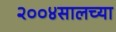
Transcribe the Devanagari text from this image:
२००४सालच्या